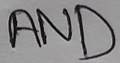
Text: AND